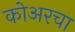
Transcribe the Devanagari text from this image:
कोअरचा